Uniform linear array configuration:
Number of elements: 24
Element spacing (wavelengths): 0.5
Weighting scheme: hamming
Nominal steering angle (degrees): -15
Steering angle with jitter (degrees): -14.587
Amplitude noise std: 0.05
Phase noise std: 0.05

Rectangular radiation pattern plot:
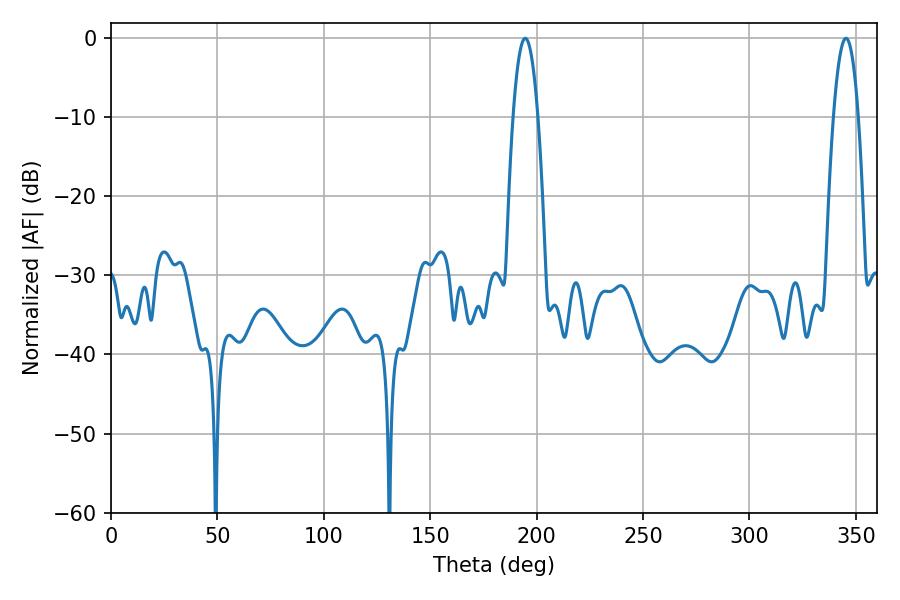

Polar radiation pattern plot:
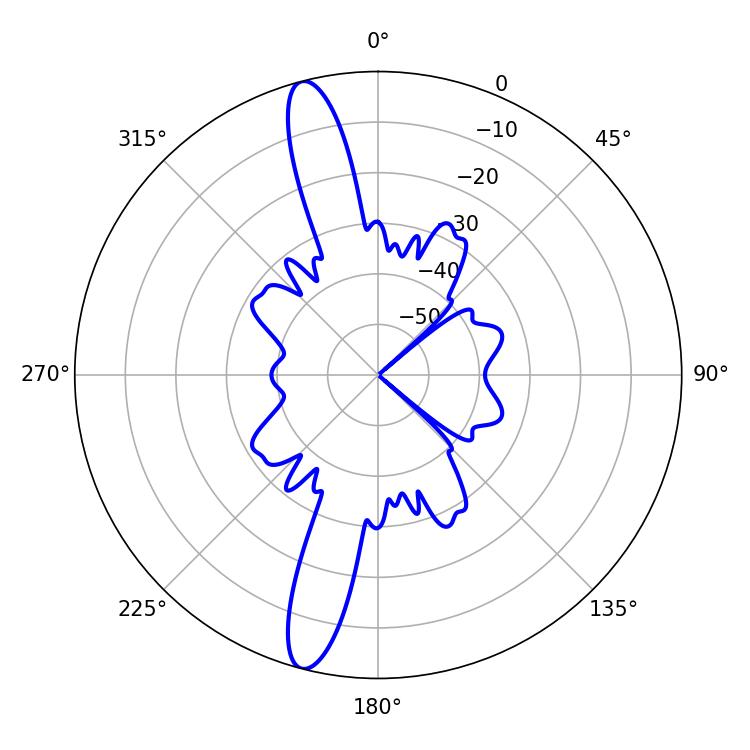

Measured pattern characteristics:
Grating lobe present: FALSE
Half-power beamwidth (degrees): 6.3
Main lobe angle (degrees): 194.58